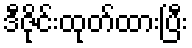
ဒီဇိုင်းထုတ်ထားပြီး